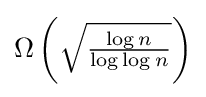
\Omega \left({\sqrt {\tfrac {\log n}{\log \log n}}}\right)